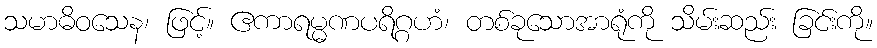
သမာဓိဝသေန၊ ဖြင့်။ ဧကာရမ္မဏပရိဂ္ဂဟံ၊ တစ်ခုသောအာရုံကို သိမ်းဆည်း ခြင်းကို။